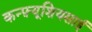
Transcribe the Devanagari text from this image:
कन्फ़्यूशियसाई